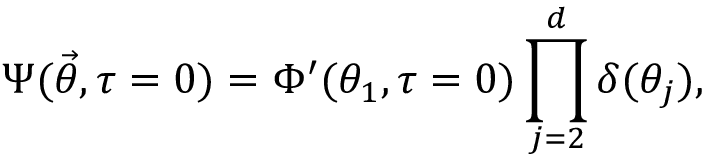
\Psi ( \vec { \theta } , \tau = 0 ) = \Phi ^ { \prime } ( \theta _ { 1 } , \tau = 0 ) \prod _ { j = 2 } ^ { d } \delta ( \theta _ { j } ) ,